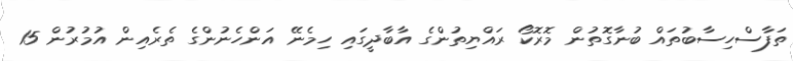
ތަފާސްހިސާބުތައް ބުނާގޮތުން މޮރޮކޯ ރައްޔިތުންގެ އާބާދީގައި ހިމެނޭ އަންހެނުންގެ ތެރެއިން އުމުރުން 15